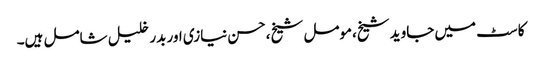
کاسٹ میں جاوید شیخ،مومل شیخ،حسن نیازی اور بدر خلیل شامل ہیں۔